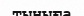
тыныға